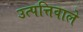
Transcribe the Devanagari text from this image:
उत्पत्तिवाले